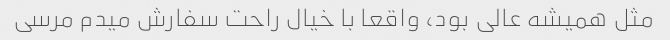
مثل همیشه عالی بود، واقعا با خیال راحت سفارش میدم مرسی